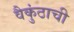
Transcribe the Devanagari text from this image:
वैकुंठाची